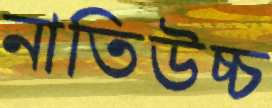
নাতিউচ্চ